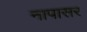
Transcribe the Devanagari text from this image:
नापासर